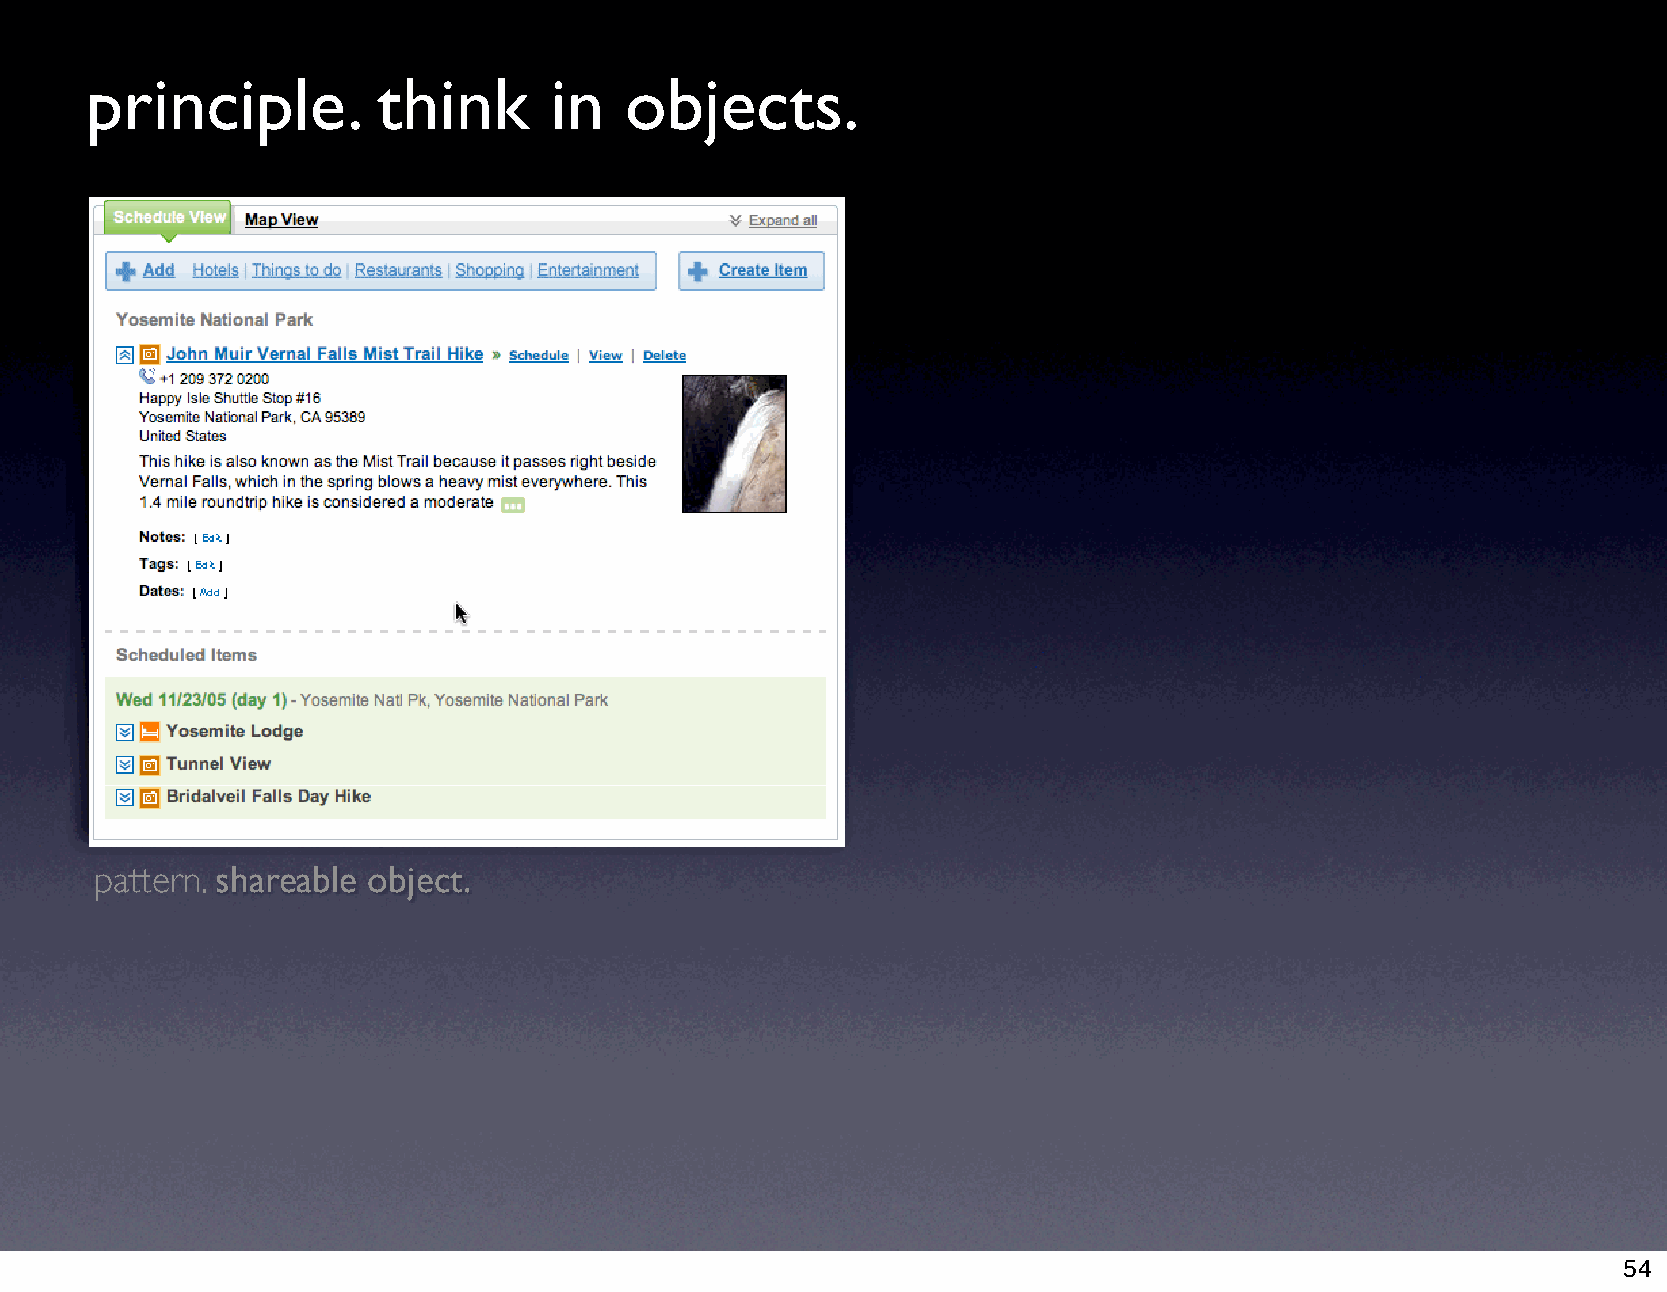
principle.         think      in   objects.
 pattern. shareable object.
 54